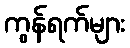
ကွန်ရက်များ